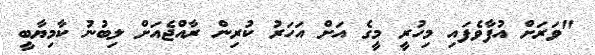
"ވަރަށް އުފާވެފައި މިހުރީ މީގެ އަށް އަހަރު ކުރިން ރާއްޖެއަށް ލިބުނު ކާމިޔާބީ